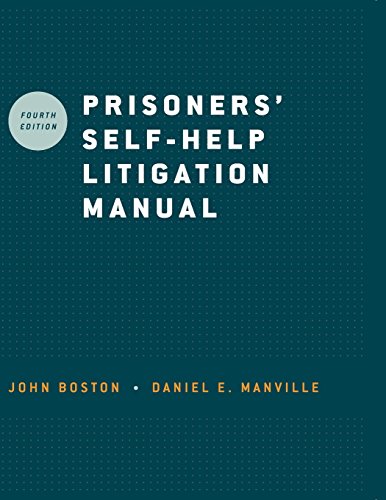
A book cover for Prisoners' Self-Help Litigation Manual; John Boston; Law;